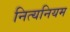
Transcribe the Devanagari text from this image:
नित्यनियम